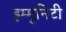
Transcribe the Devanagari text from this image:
इम्मुनिटी